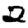
Digit: 2